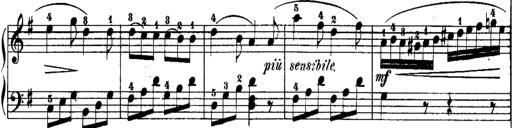
Title: Rondos and Sonatinas for Pianoforte
Composer: Daniel Steibelt